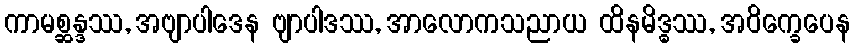
ကာမစ္ဆန္ဒဿ, အဗျာပါဒေန ဗျာပါဒဿ, အာလောကသညာယ ထိနမိဒ္ဓဿ, အဝိက္ခေပေန